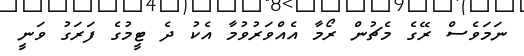
ނަމަވެސް ރޭގެ މެޗުން ރޯމާ އެއްވަރުވުމާ އެކު ދެ ޓީމުގެ ފަރަގު ވަނީ